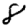
Digit: 8